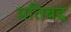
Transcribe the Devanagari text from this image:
प्रतिबद्द